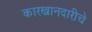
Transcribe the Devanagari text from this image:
कारखानदारीचे